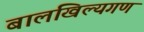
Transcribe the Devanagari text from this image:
बालखिल्यगण